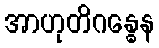
အာဟုတိဂန္ဓေန